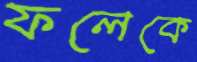
ফলেকে